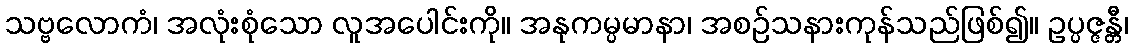
သဗ္ဗလောကံ၊ အလုံးစုံသော လူအပေါင်းကို။ အနုကမ္ပမာနာ၊ အစဉ်သနားကုန်သည်ဖြစ်၍။ ဥပ္ပဇ္ဇန္တီ၊